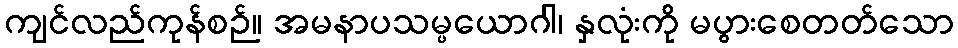
ကျင်လည်ကုန်စဉ်။ အမနာပသမ္ပယောဂါ၊ နှလုံးကို မပွားစေတတ်သော